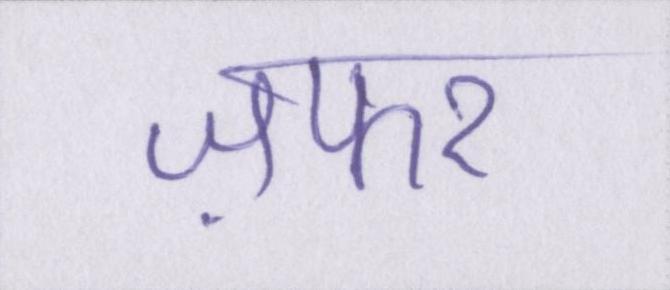
ज़फर